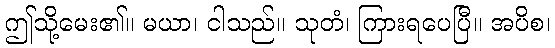
ဤသို့မေး၏။ မယာ၊ ငါသည်။ သုတံ၊ ကြားရပေပြီ။ အပိစ၊